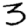
Digit: 3